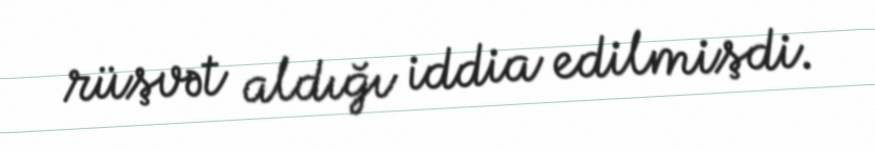
rüşvət aldığı iddia edilmişdi.